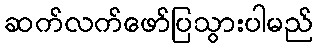
ဆက်လက်ဖော်ပြသွားပါမည်